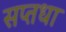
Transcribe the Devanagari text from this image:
सप्तधा